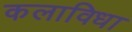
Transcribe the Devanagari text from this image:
कलाविधा